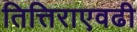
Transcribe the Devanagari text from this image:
तित्तिराएवढी